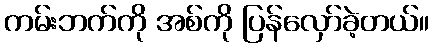
ကမ်းဘက်ကို အစ်ကို ပြန်လှော်ခဲ့တယ်။